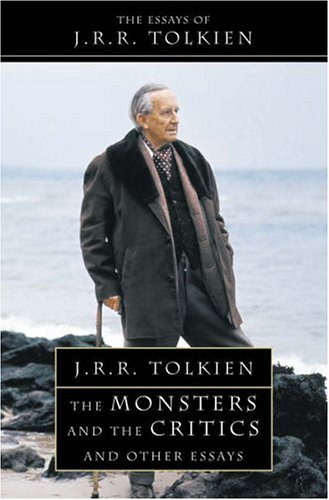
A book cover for The Monsters and the Critics: And Other Essays. J.R.R. Tolkien; J. R. R. Tolkien; Science Fiction & Fantasy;